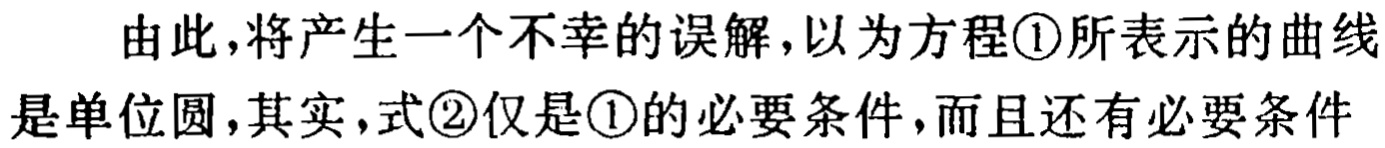
由此，将产生一个不幸的误解，以为方程\textcircled{1}所表示的曲线

是单位圆，其实，式\textcircled{2}仅是\textcircled{1}的必要条件，而且还有必要条件